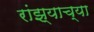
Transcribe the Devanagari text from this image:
रांझ्याच्या